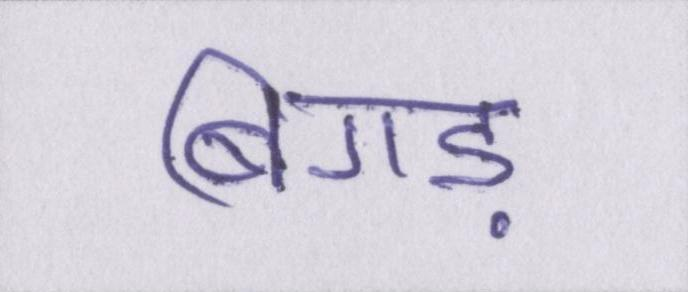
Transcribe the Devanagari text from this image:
बिगड़